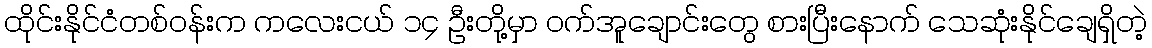
ထိုင်းနိုင်ငံတစ်ဝန်းက ကလေးငယ် ၁၄ ဦးတို့မှာ ဝက်အူချောင်းတွေ စားပြီးနောက် သေဆုံးနိုင်ချေရှိတဲ့